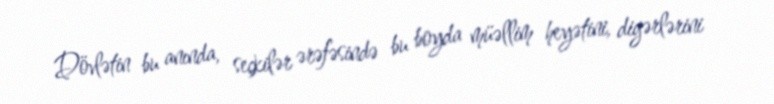
Dövlətin bu anında, seçkilər ərəfəsində bu boyda müəllim heyətini, digərlərini